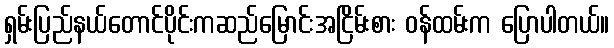
ရှမ်းပြည်နယ်တောင်ပိုင်းကဆည်မြောင်းအငြိမ်းစား ဝန်ထမ်းက ပြောပါတယ်။